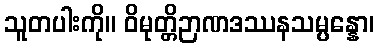
သူတပါးကို။ ဝိမုတ္တိဉာဏဒဿနသမ္ပန္နော၊